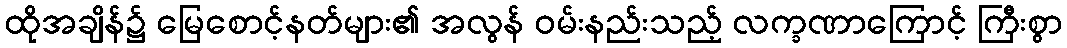
ထိုအချိန်၌ မြေစောင့်နတ်များ၏ အလွန် ဝမ်းနည်းသည့် လက္ခဏာကြောင့် ကြီးစွာ